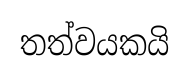
තත්වයකයි